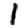
Digit: 1